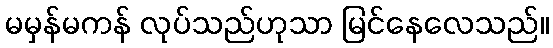
မမှန်မကန် လုပ်သည်ဟုသာ မြင်နေလေသည်။